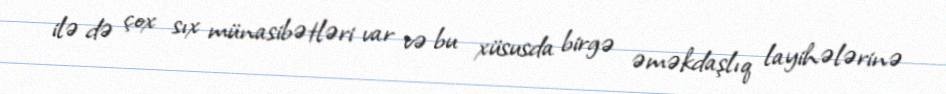
ilə də çox sıx münasibətləri var və bu xüsusda birgə əməkdaşlıq layihələrinə